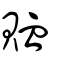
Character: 賉